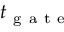
t _ { \mathrm { ~ g ~ a ~ t ~ e ~ } }